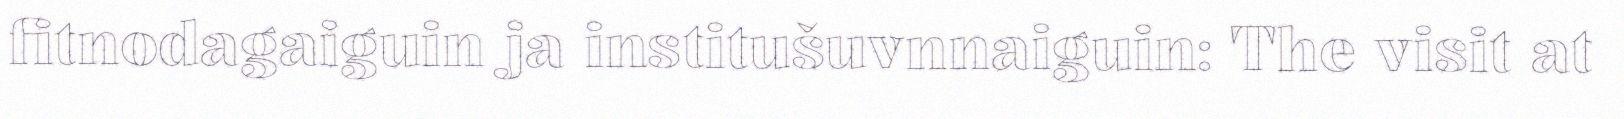
fitnodagaiguin ja institušuvnnaiguin: The visit at